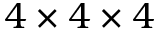
4 \times 4 \times 4